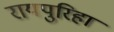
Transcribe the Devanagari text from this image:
रायपुरिहा